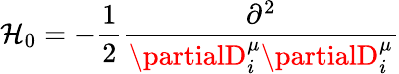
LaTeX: \mathcal{H}_{0}=-\frac{{1}}{{2}}\frac{{\partial^{2}}}{{\partialD_{i}^{\mu}\partialD_{i}^{\mu}}}